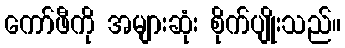
ကော်ဖီကို အများဆုံး စိုက်ပျိုးသည်။